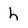
Character: h